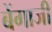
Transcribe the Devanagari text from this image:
बेंगाजी